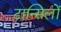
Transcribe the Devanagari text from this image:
टान्सिलों